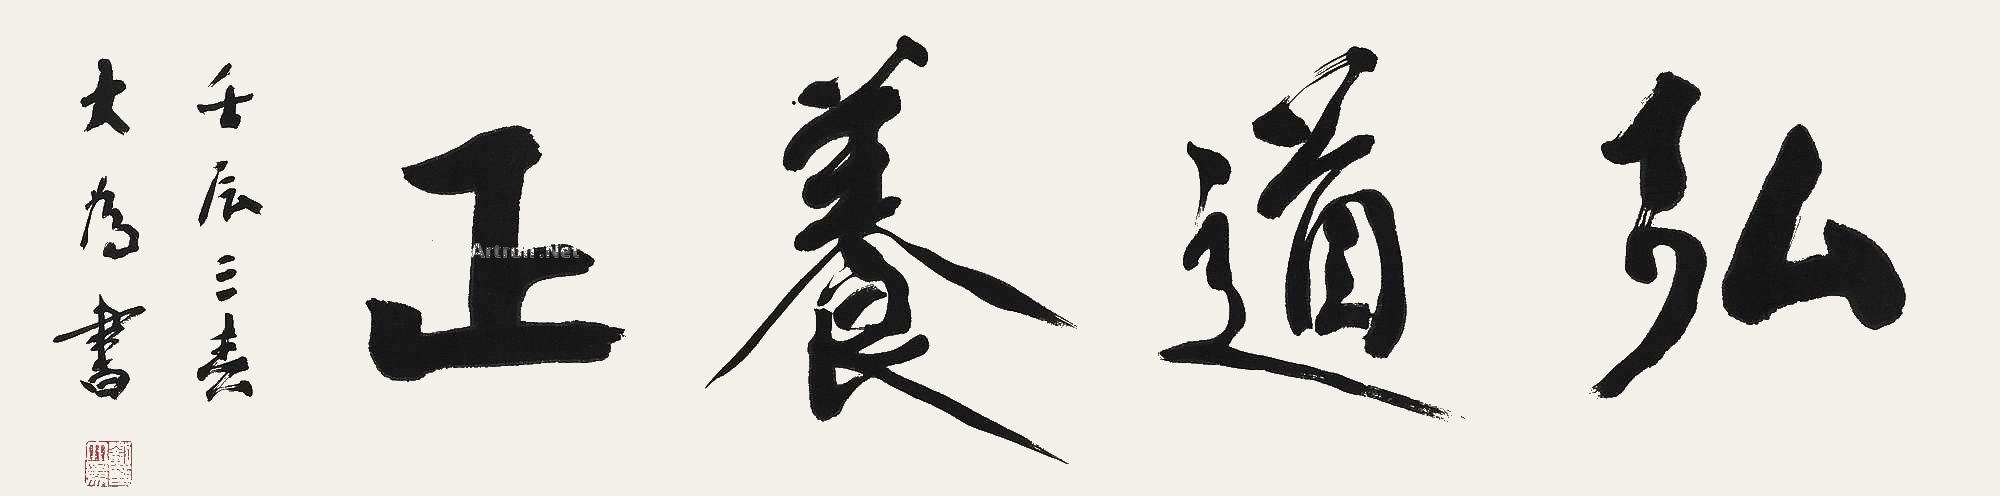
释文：弘道养生。壬辰（2012）三春，大为书。